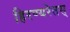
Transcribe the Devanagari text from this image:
हिरण्यरेतस्